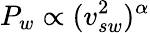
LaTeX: P_{w}\propto(v_{sw}^{2})^{\alpha}